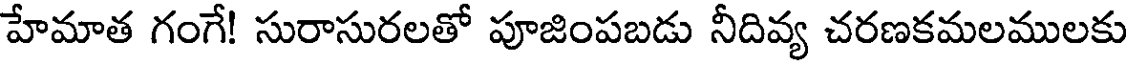
హేమాత గంగే! సురాసురలతో పూజింపబడు నీదివ్య చరణకమలములకు